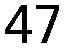
47